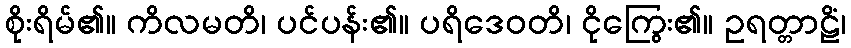
စိုးရိမ်၏။ ကိလမတိ၊ ပင်ပန်း၏။ ပရိဒေဝတိ၊ ငိုကြွေး၏။ ဥရတ္တာဠိံ၊